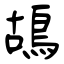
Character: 鴣